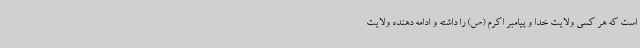
است که هر کسی ولایت خدا و پیامبر اکرم (ص) را داشته و ادامه دهنده ولایت